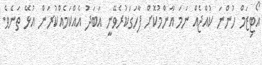
އޯޓިޒަމް ހުންނަ ކުއްޖެއް ނަމަ އާންމުކޮށް ފާހަގަކުރެވޭނީ އަބަދު އެއްކަމެއްކުރަން އުޅޭ ތަނެވެ.